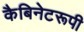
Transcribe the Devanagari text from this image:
कैबिनेटरूपी